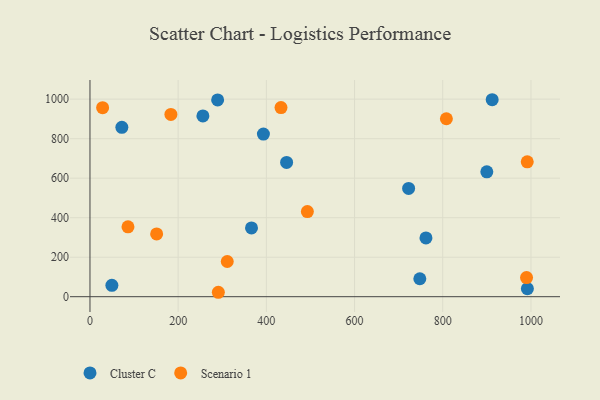
{"axis": {"x": "Price", "y": "Exam Score"}, "legend": ["Cluster C", "Scenario 1"], "data": [{"x": "722.6", "y": 548.2, "type": "Cluster C"}, {"x": "256.1", "y": 915.4, "type": "Cluster C"}, {"x": "748.0", "y": 90.9, "type": "Cluster C"}, {"x": "289.5", "y": 996.4, "type": "Cluster C"}, {"x": "991.9", "y": 40.5, "type": "Cluster C"}, {"x": "899.9", "y": 632.1, "type": "Cluster C"}, {"x": "393.3", "y": 823.3, "type": "Cluster C"}, {"x": "761.9", "y": 297.5, "type": "Cluster C"}, {"x": "72.3", "y": 857.4, "type": "Cluster C"}, {"x": "366.3", "y": 348.3, "type": "Cluster C"}, {"x": "49.7", "y": 57.7, "type": "Cluster C"}, {"x": "912.1", "y": 997.2, "type": "Cluster C"}, {"x": "445.9", "y": 679.9, "type": "Cluster C"}, {"x": "493.0", "y": 430.7, "type": "Scenario 1"}, {"x": "28.7", "y": 956.8, "type": "Scenario 1"}, {"x": "291.1", "y": 22.4, "type": "Scenario 1"}, {"x": "991.6", "y": 682.7, "type": "Scenario 1"}, {"x": "183.5", "y": 922.9, "type": "Scenario 1"}, {"x": "433.2", "y": 957.7, "type": "Scenario 1"}, {"x": "990.0", "y": 96.6, "type": "Scenario 1"}, {"x": "808.2", "y": 900.9, "type": "Scenario 1"}, {"x": "86.2", "y": 353.6, "type": "Scenario 1"}, {"x": "311.3", "y": 178.1, "type": "Scenario 1"}, {"x": "151.2", "y": 317.9, "type": "Scenario 1"}]}